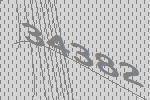
34382